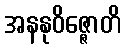
အနနုဝိဇ္ဇောတိ